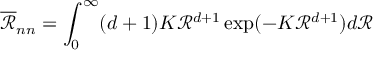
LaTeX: { \overline { { \mathcal { R } } } } _ { n n } = \int _ { 0 } ^ { \infty } ( d + 1 ) K { \mathcal { R } } ^ { d + 1 } \exp ( - K { \mathcal { R } } ^ { d + 1 } ) d { \mathcal { R } }